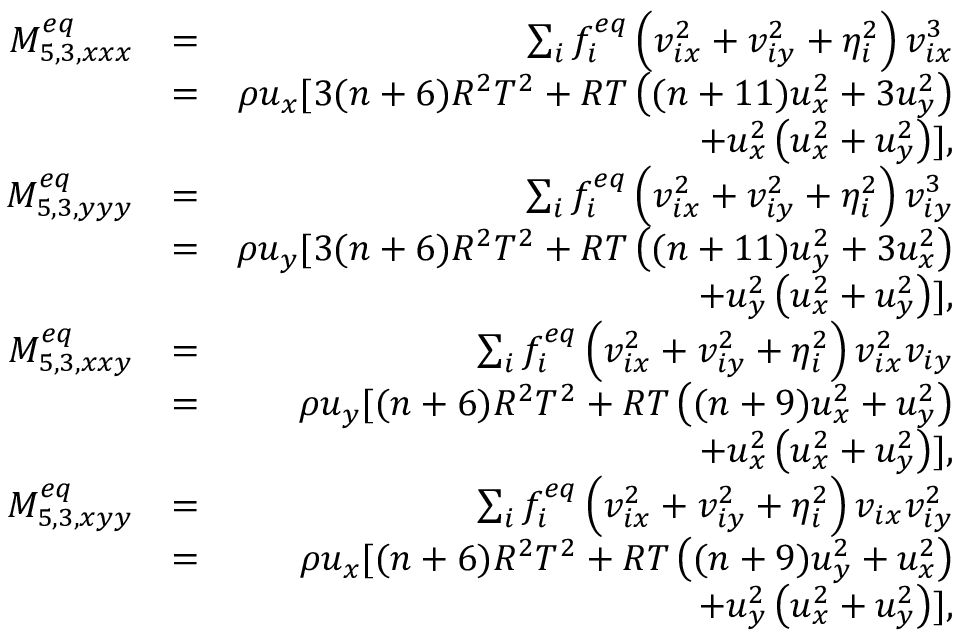
\begin{array} { r l r } { M _ { 5 , 3 , x x x } ^ { e q } } & { = } & { \sum _ { i } { f _ { i } ^ { e q } \left( { v _ { i x } ^ { 2 } + v _ { i y } ^ { 2 } + \eta _ { i } ^ { 2 } } \right) v _ { i x } ^ { 3 } } } \\ & { = } & { \rho u _ { x } [ 3 ( n + 6 ) R ^ { 2 } T ^ { 2 } + R T \left( ( n + 1 1 ) u _ { x } ^ { 2 } + 3 u _ { y } ^ { 2 } \right) } \\ & { } & { + u _ { x } ^ { 2 } \left( u _ { x } ^ { 2 } + u _ { y } ^ { 2 } \right) ] , } \\ { M _ { 5 , 3 , y y y } ^ { e q } } & { = } & { \sum _ { i } { f _ { i } ^ { e q } \left( { v _ { i x } ^ { 2 } + v _ { i y } ^ { 2 } + \eta _ { i } ^ { 2 } } \right) v _ { i y } ^ { 3 } } } \\ & { = } & { \rho u _ { y } [ 3 ( n + 6 ) R ^ { 2 } T ^ { 2 } + R T \left( ( n + 1 1 ) u _ { y } ^ { 2 } + 3 u _ { x } ^ { 2 } \right) } \\ & { } & { + u _ { y } ^ { 2 } \left( u _ { x } ^ { 2 } + u _ { y } ^ { 2 } \right) ] , } \\ { M _ { 5 , 3 , x x y } ^ { e q } } & { = } & { \sum _ { i } { f _ { i } ^ { e q } \left( { v _ { i x } ^ { 2 } + v _ { i y } ^ { 2 } + \eta _ { i } ^ { 2 } } \right) v _ { i x } ^ { 2 } v _ { i y } } } \\ & { = } & { \rho u _ { y } [ ( n + 6 ) R ^ { 2 } T ^ { 2 } + R T \left( ( n + 9 ) u _ { x } ^ { 2 } + u _ { y } ^ { 2 } \right) } \\ & { } & { + u _ { x } ^ { 2 } \left( u _ { x } ^ { 2 } + u _ { y } ^ { 2 } \right) ] , } \\ { M _ { 5 , 3 , x y y } ^ { e q } } & { = } & { \sum _ { i } { f _ { i } ^ { e q } \left( { v _ { i x } ^ { 2 } + v _ { i y } ^ { 2 } + \eta _ { i } ^ { 2 } } \right) v _ { i x } v _ { i y } ^ { 2 } } } \\ & { = } & { \rho u _ { x } [ ( n + 6 ) R ^ { 2 } T ^ { 2 } + R T \left( ( n + 9 ) u _ { y } ^ { 2 } + u _ { x } ^ { 2 } \right) } \\ & { } & { + u _ { y } ^ { 2 } \left( u _ { x } ^ { 2 } + u _ { y } ^ { 2 } \right) ] , } \end{array}